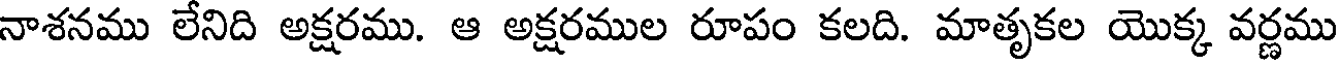
నాశనము లేనిది అక్షరము. ఆ అక్షరముల రూపం కలది. మాతృకల యొక్క వర్ణము